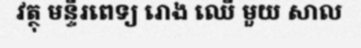
វត្ថុ មន្ទីរពេទ្យ រោង ឈើ មួយ សាល